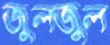
জুলজুল